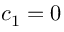
{ { c } _ { 1 } } = 0